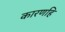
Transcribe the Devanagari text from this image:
कारणहि